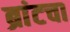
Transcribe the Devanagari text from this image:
ब्रांटचा